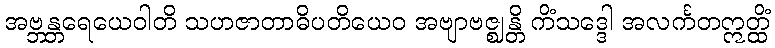
အဗ္ဘန္တရေယေဝါတိ သဟဇာတာဓိပတိယေဝ အဗျာဗဇ္ဈန္တိ ကိံသဒ္ဒေါ အလင်္ကတဣတ္ထိံ